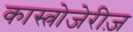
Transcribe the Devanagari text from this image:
कास्त्रोजेरीज़